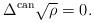
LaTeX: \begin{align*}\Delta^{{\rm can}} \sqrt \rho =0.\end{align*}